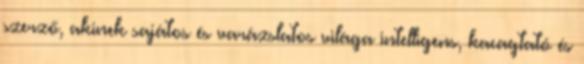
szerző, akinek sajátos és varázslatos világa intelligens, kacagtató és